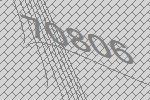
70806